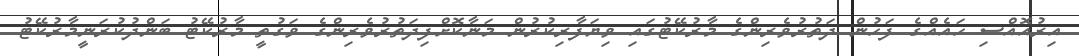
އިރުއޮއްސި ހައެއްގެ ފަހުން ދަތުރުވެރިންގެ މާރުކޭޓުގައި ވިޔަފާރިކުރުން މަނާކޮށްފިދަތުރުވެރިންގެ ވަގުތީ މާރުކޭޓު ބަންދުކުރަނީމާރުކޭޓު